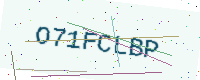
Text: O71FCLBP